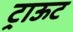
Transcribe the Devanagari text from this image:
ट्राऊट